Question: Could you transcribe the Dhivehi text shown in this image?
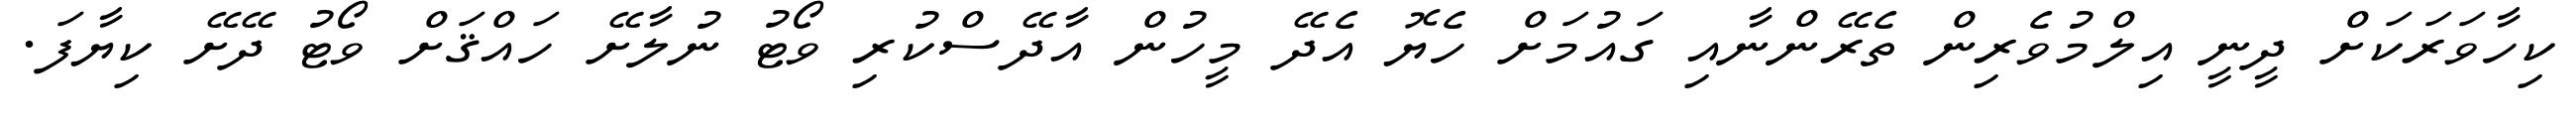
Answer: ކިހާވަރަކަށް ދީނީ އިލްމުވެރިން ތެރޭންނާއި ގައުމަށް ހެޔޮ އެދޭ މީހުން އާދޭސްކުރި ވޯޓު ނުލާށޭ ހައްޤަށް ވޯޓު ދޭށޭ ކިޔާފަ.